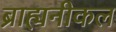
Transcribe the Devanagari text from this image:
ब्राह्मनीकल